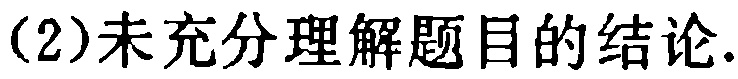
(2)未充分理解题目的结论.